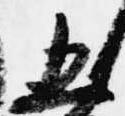
五